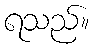
ရသည်။